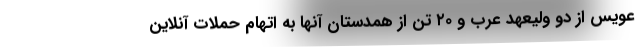
عویس از دو ولیعهد عرب و ۲۰ تن از همدستان آنها به اتهام حملات آنلاین